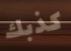
كذبك